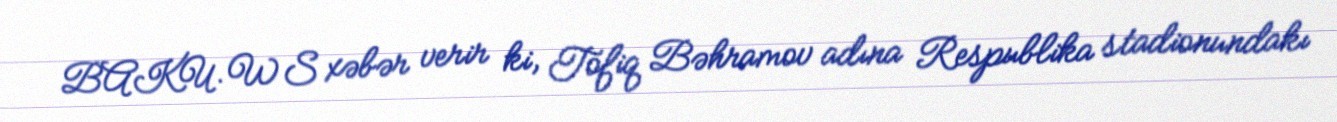
BAKU.WS xəbər verir ki, Tofiq Bəhramov adına Respublika stadionundakı